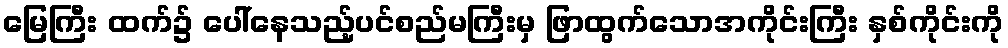
မြေကြီး ထက်၌ ပေါ်နေသည့်ပင်စည်မကြီးမှ ဖြာထွက်သောအကိုင်းကြီး နှစ်ကိုင်းကို